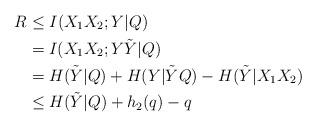
LaTeX: \begin{align*} R&\leq I(X_1X_2;Y|Q)\\ &= I(X_1X_2;Y\tilde{Y}|Q)\\&= H(\tilde{Y}|Q)+H(Y|\tilde{Y}Q)-H(\tilde{Y}|X_1X_2)\\&\leq H(\tilde{Y}|Q)+h_2(q)-q \end{align*}